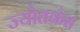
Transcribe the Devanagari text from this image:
ज्योतकंस